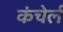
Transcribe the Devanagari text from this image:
कंचेर्ल